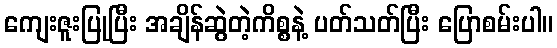
ကျေးဇူးပြုပြီး အချိန်ဆွဲတဲ့ကိစ္စနဲ့ ပတ်သတ်ပြီး ပြောစမ်းပါ။